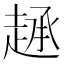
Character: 𫎷